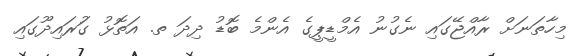
މިހާތަނަށް ރާއްޖޭގައި ނެގުނު އެމްޑީޕީގެ އެންމެ ބޮޑު ދިދަ ތ. އަތޮޅު ގަުރައިދޫގައި